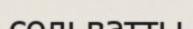
сольватты